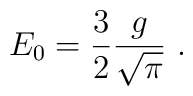
E_{0}=\frac{3}{2}\frac{g}{\sqrt{\pi}} \ .